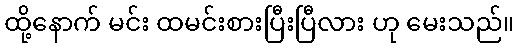
ထို့နောက် မင်း ထမင်းစားပြီးပြီလား ဟု မေးသည်။